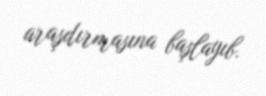
araşdırmasına başlayıb.